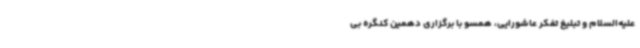
علیه‌السلام و تبلیغ تفکر عاشورایی، همسو با برگزاری دهمین کنگره بی